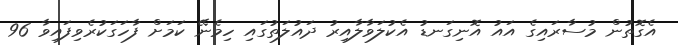
އެގޮތުން މުސާރައިގެ އައު އޮނިގަނޑު އެކުލަވާލާއިރު ދައުލަތުގައި ހިމެނޭ ކަމަށް ފާހަގަކުރެވިފައިވާ 96